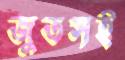
জুতসই